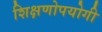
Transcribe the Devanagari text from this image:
शिक्षणोपयोगी